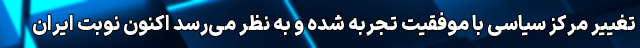
تغییر مرکز سیاسی با موفقیت تجربه شده و به نظر می‌رسد اکنون نوبت ایران